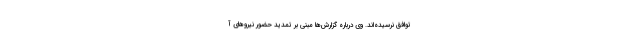
توافق نرسیده‌اند. وی درباره گزارش‌ها مبنی بر تمدید حضور نیروهای آ